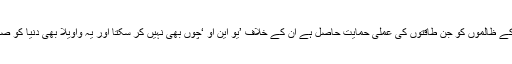
ویسے اقوام متحدہ کو اپنی اوقات بھی پتہ ہے اور یہ بھی کہ برما کے ظالموں کو جن طاقتوں کی عملی حمایت حاصل ہے ان کے خلاف ’یو این او ‘چوں بھی نہیں کر سکتا اور یہ واویلا بھی دنیا کو صرف یہ دکھانے کے لیے ہے کہ ہم بھی ہیں پانچویں سواروں میں !